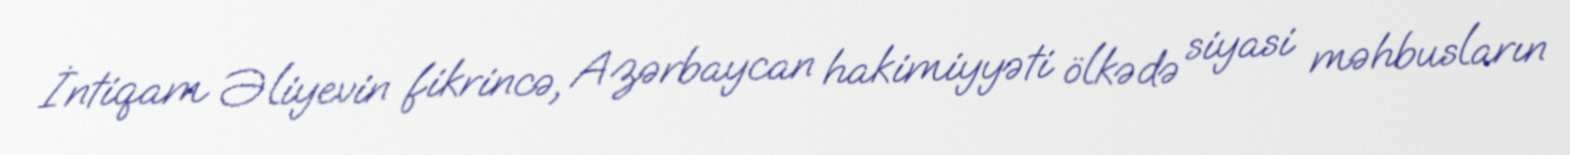
İntiqam Əliyevin fikrincə, Azərbaycan hakimiyyəti ölkədə siyasi məhbusların